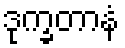
ဒုက္ခတာနံ